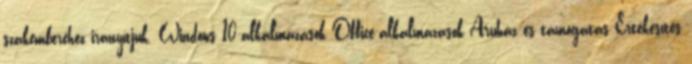
szakemberéhez irányítjuk. Windows 10-alkalmazások Office-alkalmazások Áruház és támogatás Értékesítés